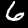
Digit: 6